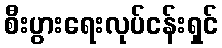
စီးပွားရေးလုပ်ငန်းရှင်